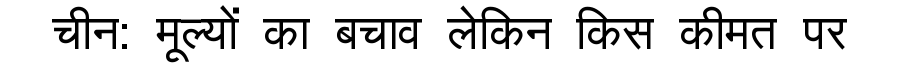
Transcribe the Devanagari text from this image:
चीन: मूल्यों का बचाव लेकिन किस कीमत पर